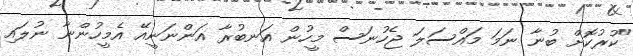
"ކުރުކޮށް ބުނާ ނަމަ މައްސަލަ ޖެހުނަސް މީހުން އަނބުރާ އަންނަނީއޭ އެމީހުންނާ ނުލައި